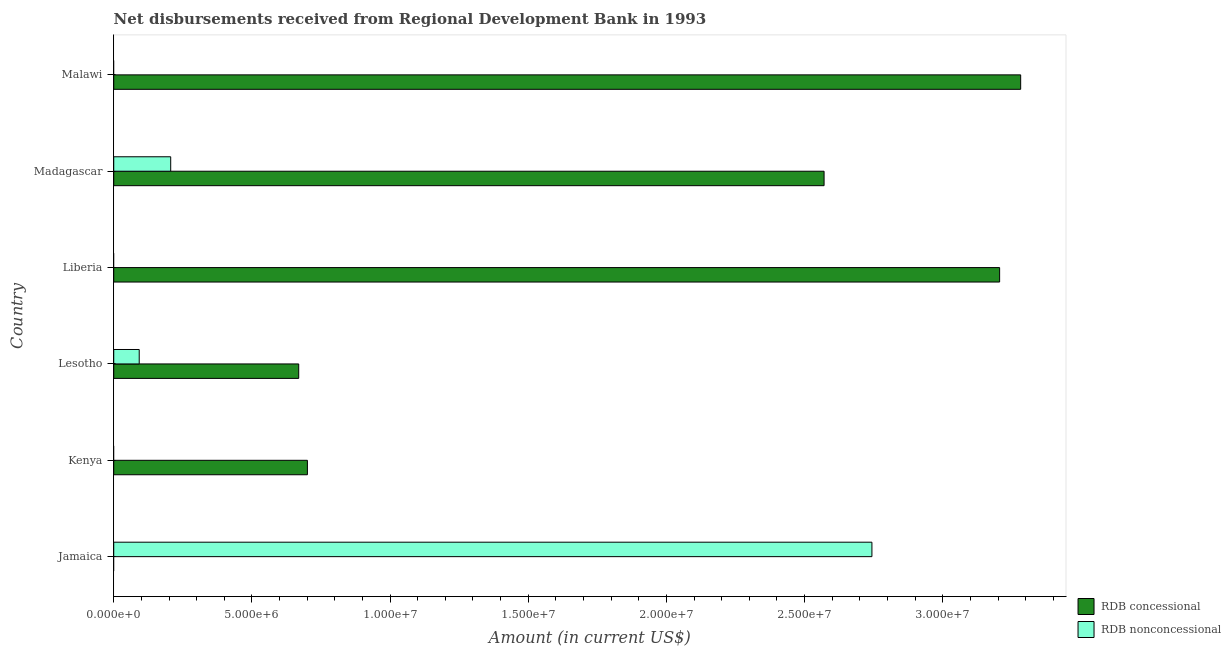
| Country | RDB concessional | RDB nonconcessional |
 | --- | --- | --- |
 | Jamaica | -5.22e+06 | 2.74e+07 |
 | Kenya | 7.01e+06 | -8.44e+06 |
 | Lesotho | 6.69e+06 | 9.22e+05 |
 | Liberia | 3.21e+07 | -1.23e+07 |
 | Madagascar | 2.57e+07 | 2.06e+06 |
 | Malawi | 3.28e+07 | -4.2e+06 |